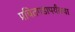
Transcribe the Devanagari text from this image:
प्रचितगडापर्यंतचा